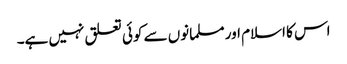
اس کا اسلام اور مسلمانوں سے کوئی تعلق نہیں ہے۔